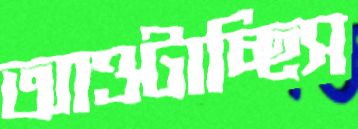
আওটাচ্ছিস